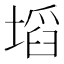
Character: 塪